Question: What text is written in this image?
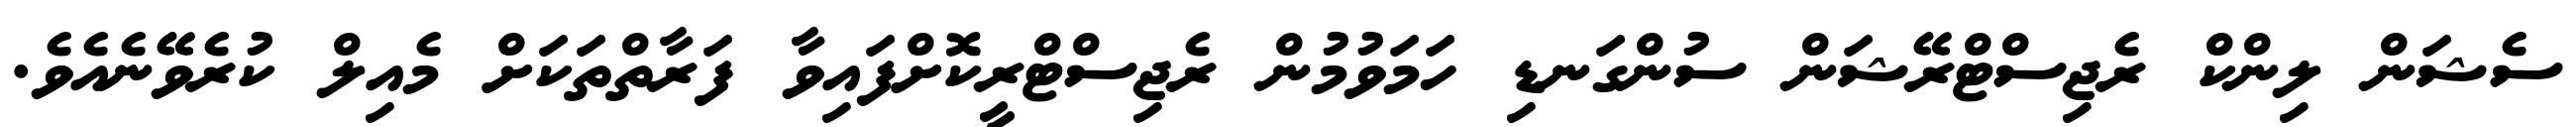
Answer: ސެޝަން ލިންކް ރެޖިސްޓްރޭޝަން ސުންގަނޑި ހަމަވުމުން ރެޖިސްޓްރީކޮށްފައިވާ ފަރާތްތަކަށް މެއިލް ކުރެވޭނެއެވެ.